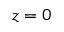
z = 0